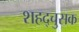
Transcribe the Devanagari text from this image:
शहद्चुसक